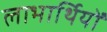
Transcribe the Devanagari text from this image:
लाभार्थियों